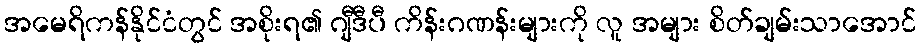
အမေရိကန်နိုင်ငံတွင် အစိုးရ၏ ဂျီဒီပီ ကိန်းဂဏန်းများကို လူ အများ စိတ်ချမ်းသာအောင်